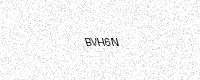
Text: BVH6N